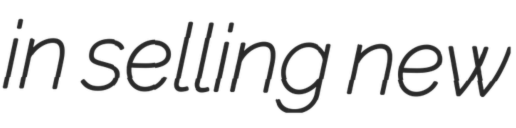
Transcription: in selling new